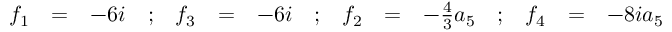
\begin{array} { r c l c r c l c r c l c r c l } { { f _ { 1 } } } & { { = } } & { { - 6 i } } & { { ; } } & { { f _ { 3 } } } & { { = } } & { { - 6 i } } & { { ; } } & { { f _ { 2 } } } & { { = } } & { { - \frac { 4 } { 3 } a _ { 5 } } } & { { ; } } & { { f _ { 4 } } } & { { = } } & { { - 8 i a _ { 5 } } } \end{array}